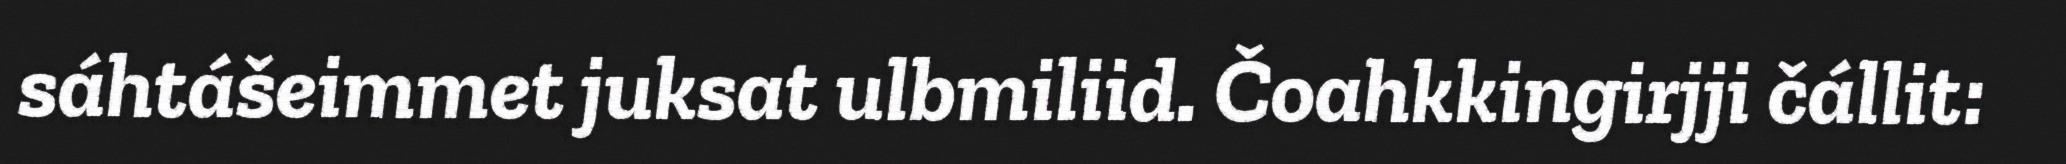
sáhtášeimmet juksat ulbmiliid. Čoahkkingirjji čállit: